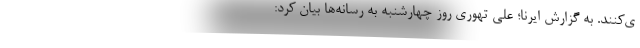
ی‌کنند. به گزارش ایرنا؛ علی تهوری روز چهارشنبه به رسانه‌ها بیان کرد: